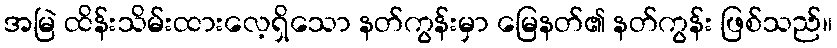
အမြဲ ထိန်းသိမ်းထားလေ့ရှိသော နတ်ကွန်းမှာ မြေနတ်၏ နတ်ကွန်း ဖြစ်သည်။